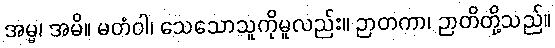
အမ္မ၊ အမိ။ မတံဝါ၊ သေသောသူကိုမူလည်း။ ဉာတကာ၊ ဉာတိတို့သည်။